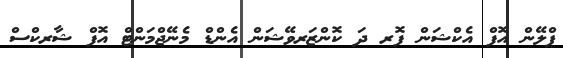
ޕްލޭން އޮފް އެކްޝަން ފޮރ ދަ ކޮންޒަރވޭޝަން އެންޑް މެނޭޖްމަންޓް އޮފް ޝާރކްސް